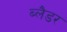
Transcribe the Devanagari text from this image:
ब्‍लैडर